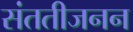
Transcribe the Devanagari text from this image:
संततीजनन